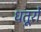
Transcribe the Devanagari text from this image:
धतूरो